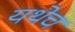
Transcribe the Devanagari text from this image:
यथेच